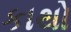
કાથો